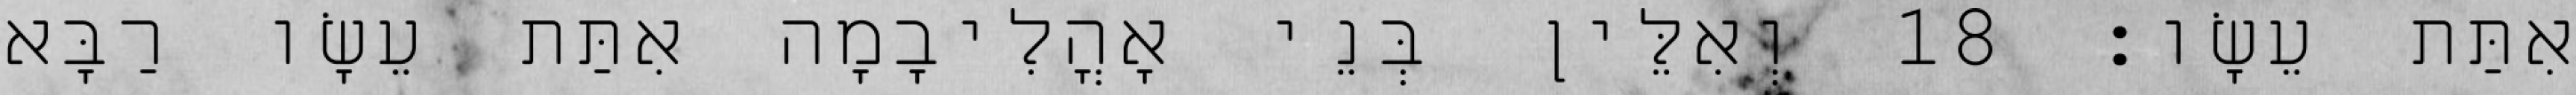
אִתַּת עֵשָׂו׃ 18 וְאִלֵּין בְּנֵי אָהֳלִיבָמָה אִתַּת עֵשָׂו רַבָּא